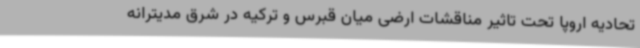
تحادیه اروپا تحت تاثیر مناقشات ارضی میان قبرس و ترکیه در شرق مدیترانه